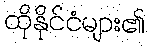
ထိုနိုင်ငံများ၏